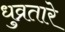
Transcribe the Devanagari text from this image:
धुव्रतारे